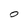
Character: 0